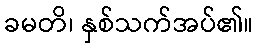
ခမတိ၊ နှစ်သက်အပ်၏။